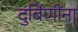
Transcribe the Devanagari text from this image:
दुर्बिणींना